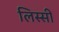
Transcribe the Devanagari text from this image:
लिस्सी